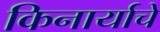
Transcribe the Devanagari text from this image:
किनार्याचे